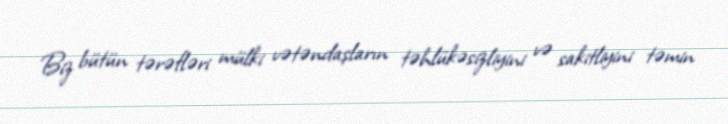
Biz bütün tərəfləri mülki vətəndaşların təhlükəsizliyini və sakitliyini təmin